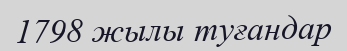
1798 жылы туғандар